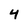
Character: 4